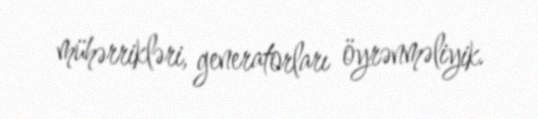
mühərrikləri, generatorları öyrənməliyik.